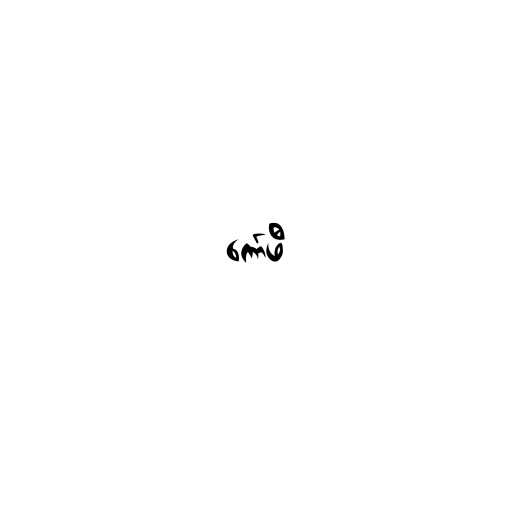
ကော်ဖီ